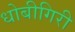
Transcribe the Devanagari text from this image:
धोबीगिरी